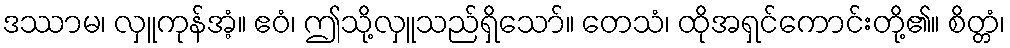
ဒဿာမ၊ လှူကုန်အံ့။ ဧဝံ၊ ဤသို့လှူသည်ရှိသော်။ တေသံ၊ ထိုအရှင်ကောင်းတို့၏။ စိတ္တံ၊